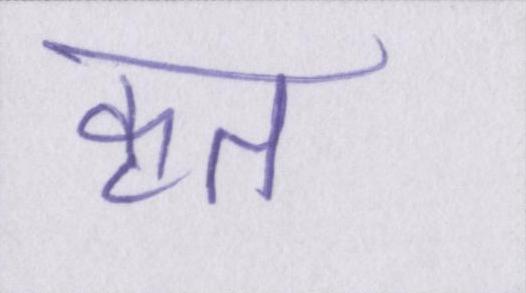
कृत